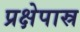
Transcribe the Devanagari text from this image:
प्रक्षेपास्र